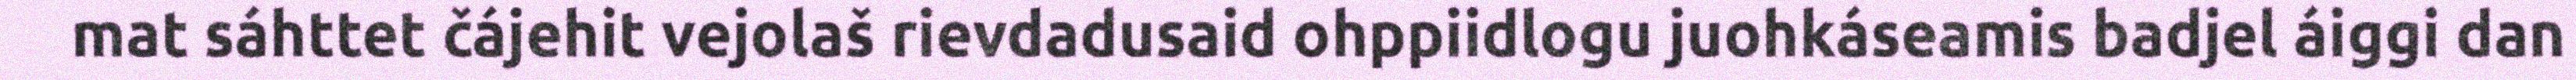
mat sáhttet čájehit vejolaš rievdadusaid ohppiidlogu juohkáseamis badjel áiggi dan